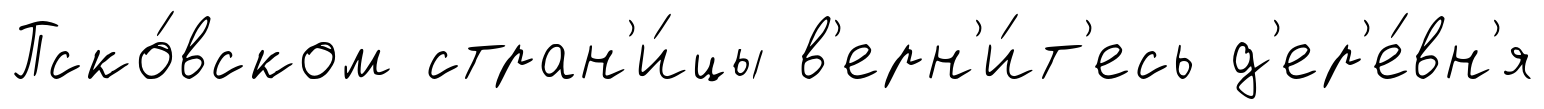
Пско́вском стран'и́цы в'ерн'и́т'есь д'ер'е́вн'я